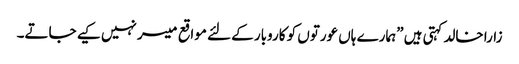
زارا خالد کہتی ہیں ”ہمارے ہاں عورتوں کو کاروبار کے لئے مواقع میسر نہیں کیے جاتے۔